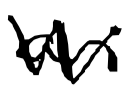
Text: an
Cross-out: zig-zag
Writing tool: digital_black